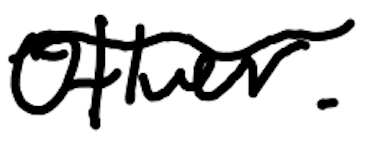
Text: other.
Cross-out: mix
Writing tool: digital_black